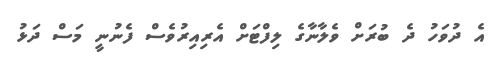
އެ ދުވަހު ދެ ބުރަށް ވެލާނާގެ ލިފްޓަށް އެރިއިރުވެސް ފެނުނީ މަސް ދަޅު